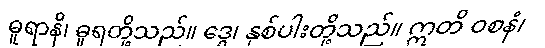
ဓူရာနိ၊ ဓူရတို့သည်။ ဒွေ၊ နှစ်ပါးတို့သည်။ ဣတိ ဝစနံ၊